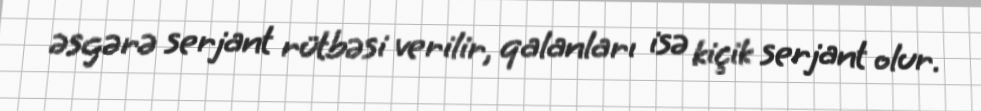
əsgərə serjant rütbəsi verilir, qalanları isə kiçik serjant olur.